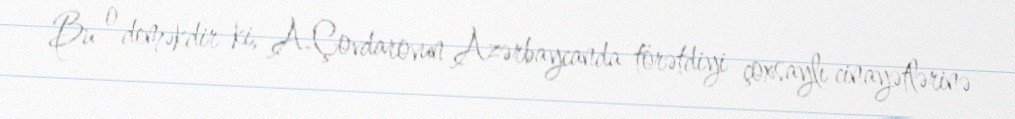
Bu o deməkdir ki, A.Çovdarovun Azərbaycanda törətdiyi çoxsaylı cinayətlərinə